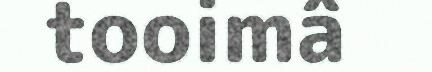
tooimâ